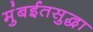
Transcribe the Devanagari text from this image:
मुंबईतसुद्धा